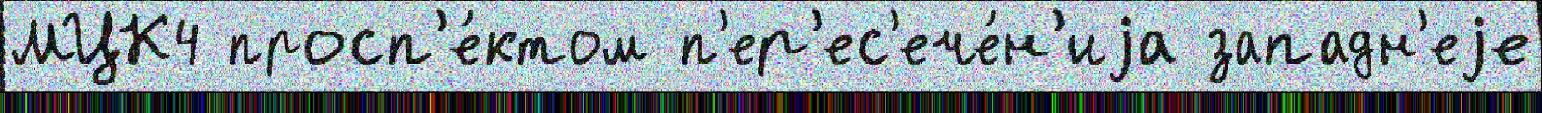
МЦК4 просп'е́ктом п'ер'ес'ече́н'иjа западн'еjе